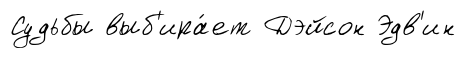
Судьбы выб'ира́ет Дэйсон Эдв'ин